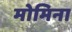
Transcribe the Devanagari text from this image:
मोमिना